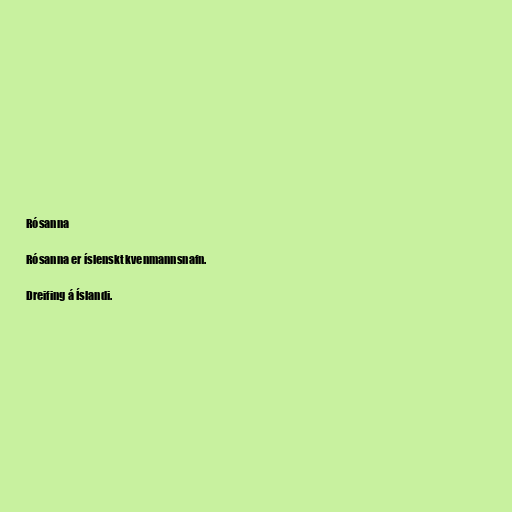
Rósanna

Rósanna er íslenskt kvenmannsnafn.

Dreifing á Íslandi.